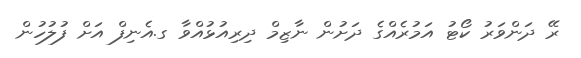
ރޭ ދަންވަރު ކޯޓު އަމުރެއްގެ ދަށުން ނާޒިމް ދިރިއުޅުއްވާ ގ.އެނިފް އަށް ފުލުހުން